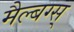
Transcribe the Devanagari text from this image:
मैल्बग्स्